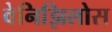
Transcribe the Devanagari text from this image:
वेनिझिलोस